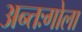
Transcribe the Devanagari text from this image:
अन्तःगोला